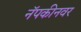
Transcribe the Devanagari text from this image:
नॅपकीनवर